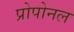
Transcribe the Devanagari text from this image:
प्रोपोनल